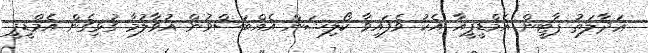
ޢަދާލަތު ޕާޓީން އެމްޑީޕީއާ އެކު ވެފައިވާ ކޯލިޝަން އެއްބަސްވުން އުވާލުމާ ގުޅިގެން އެމްޑީޕީ